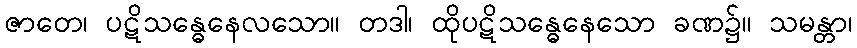
ဇာတေ၊ ပဋိသန္ဓေနေလသော။ တဒါ၊ ထိုပဋိသန္ဓေနေသော ခဏ၌။ သမန္တာ၊